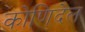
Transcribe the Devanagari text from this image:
कोणिदेल